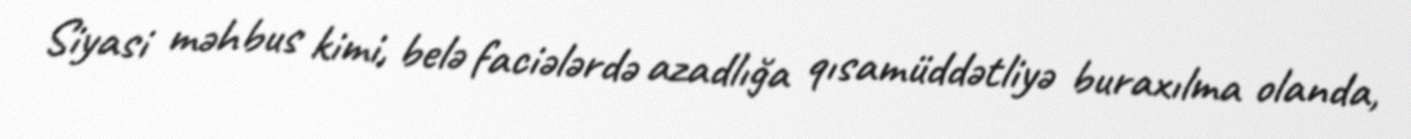
Siyasi məhbus kimi, belə faciələrdə azadlığa qısamüddətliyə buraxılma olanda,